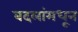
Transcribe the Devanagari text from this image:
बदलांमधून